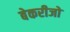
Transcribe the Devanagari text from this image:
बेकरीजो